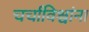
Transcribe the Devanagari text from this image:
चर्चाविश्वांना